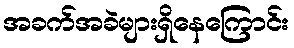
အခက်အခဲများရှိနေကြောင်း